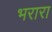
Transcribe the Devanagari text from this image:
भरारा